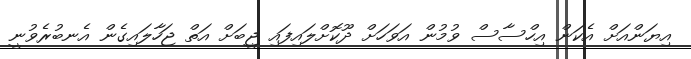
އިޔަންއަށް އެކަން އިހްސާސް ވުމުން އަވަހަށް ދޫކޮށްލައިފައި ޖީބަށް އަތް ޖަހާލައިގެން އެނބުރެވުނީ